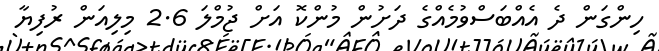
ހިންގަން ދެ އެއްބަސްވުމެއްގެ ދަށުން މުންކޮ އަށް ޖުމްލަ 2.6 މިލިއަން ރުފިޔާ